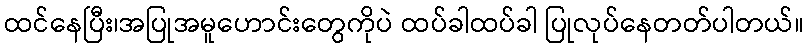
ထင်နေပြီး၊အပြုအမူဟောင်းတွေကိုပဲ ထပ်ခါထပ်ခါ ပြုလုပ်နေတတ်ပါတယ်။